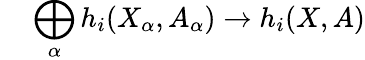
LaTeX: {}\quad\bigoplus_{\alpha}h_{i}(X_{\alpha},A_{\alpha})\to h_{i}(X,A)